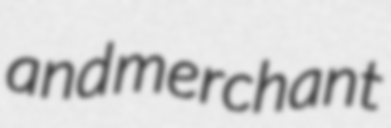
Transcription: and merchant